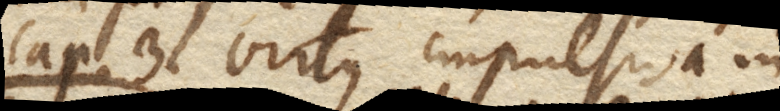
Cap. 3. Virtus impulsiva in